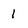
Character: l